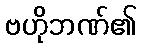
ဗဟိုဘဏ်၏